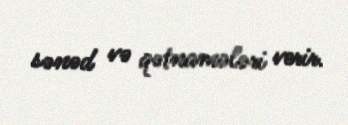
sənəd və qətnamələri verir.